Reports on dispensaries and lunatic asylums in the Province of Oudh - 1869-1876
Year: 1869
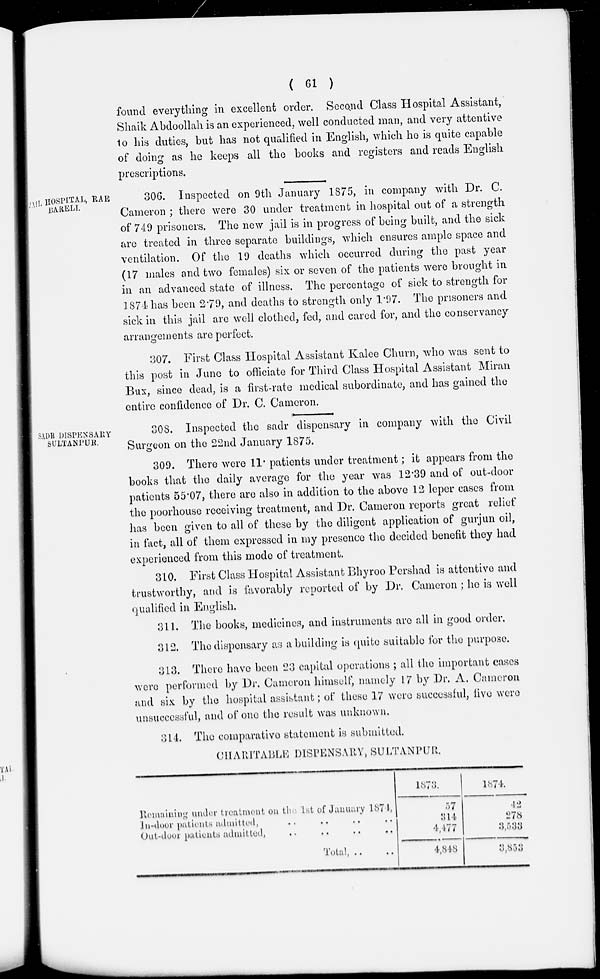
( 61 )
found everything in excellent order. Second Class Hospital Assistant,
Shaik Abdoollah is an experienced, well conducted man, and very attentive
to his duties, but has not qualified in English, which he is quite capable
of doing as he keeps all the books and registers and reads English
prescriptions.
JAIL HOSPITAL, RAE
BARELI..
306. Inspected on 9th January 1875, in company with Dr. C.
Cameron ; there were 30 under treatment in hospital out of a strength
of 749 prisoners. The new jail is in progress of being built, and the sick
are treated in three separate buildings, which ensures ample space and
ventilation. Of the 19 deaths which occurred during the past year
(17 males and two females) six or seven of the patients were brought in
in an advanced state of illness. The percentage of sick to strength for
1874 has been 2.79, and deaths to strength only 1.97. The prisoners and
sick in this jail are well clothed, fed, and cared for, and the conservancy
arrangements are perfect.
307. First Class Hospital Assistant Kalee Churn, who was sent to
this post in June to officiate for Third Class Hospital Assistant Miran
Bux, since dead, is a first-rate medical subordinate, and has gained the
entire confidence of Dr. C. Cameron.
SADR DISPENSARY
SULTANPUR.
308. Inspected the sadr dispensary in company with the Civil
Surgeon on the 22nd January 1875.
309. There were 11. patients under treatment; it appears from the
books that the daily average for the year was 12.39 and of out-door
patients 55.07, there are also in addition to the above 12 leper cases from
the poorhouse receiving treatment, and Dr. Cameron reports great relief
has been given to all of these by the diligent application of gurjun oil,
in fact, all of them expressed in my presence the decided benefit they had
experienced from this mode of treatment.
310. First Class Hospital Assistant Bhyroo Pershad is attentive and
trustworthy, and is favorably reported of by Dr. Cameron ; he is well
qualified in English.
311. The books, medicines, and instruments are all in good order.
312. The dispensary as a building is quite suitable for the purpose.
313. There have been 23 capital operations ; all the important cases
were performed by Dr. Cameron himself, namely 17 by Dr. A. Cameron
and six by the hospital assistant; of these 17 were successful, five were
unsuccessful, and of one the result was unknown.
314. The comparative statement is submitted.
CHARITABLE DISPENSARY, SULTANPUR.
Remaining under treatment on the 1st of January 1874,
In-door patients admitted, .. .. .. ..
Out-dour patients admitted, .. .. .. ..
Total, .. ..
1873.
57
314
4,477
4,848
1874.
42
278
3,533
3,853